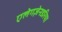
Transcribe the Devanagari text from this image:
एलेगज़ेनडरिया